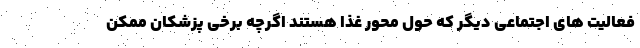
فعالیت های اجتماعی دیگر که حول محور غذا هستند اگرچه برخی پزشکان ممکن